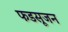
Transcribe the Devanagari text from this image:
फडसूजन